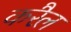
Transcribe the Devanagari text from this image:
करैल